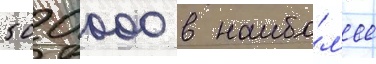
500 000 в наибо́л'ее